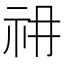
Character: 𰧱